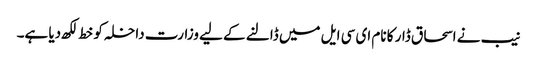
نیب نے اسحاق ڈار کا نام ای سی ایل میں ڈالنے کے لیے وزارت داخلہ کو خط لکھ دیا ہے۔